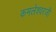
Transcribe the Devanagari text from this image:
कमलेश्वरजी